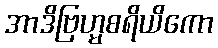
အာဒိဗြဟ္မစရိယိကော